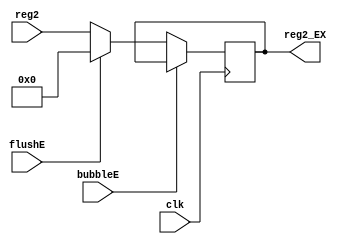
`timescale 1ns / 1ps
//  
    // ID\EX
// 
    // clk               
    // reg2              General Register File2
    // bubbleE           EXbubble
    // flushE            EXflush
// 
    // reg2_EX           2
//   
    // 


module Reg2_EX(
    input wire clk, bubbleE, flushE,
    input wire [31:0] reg2,
    output reg [31:0] reg2_EX
    );

    initial reg2_EX = 0;
    
    always@(posedge clk)
        if (!bubbleE) 
        begin
            if (flushE)
                reg2_EX <= 0;
            else 
                reg2_EX <= reg2;
        end
    
endmodule